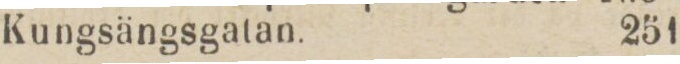
Kungsängsgatan.    251